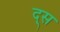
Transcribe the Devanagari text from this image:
द्स